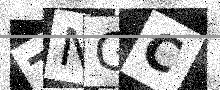
Text: TNGC